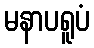
မနာပရူပံ